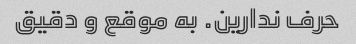
حرف ندارین. به موقع و دقیق